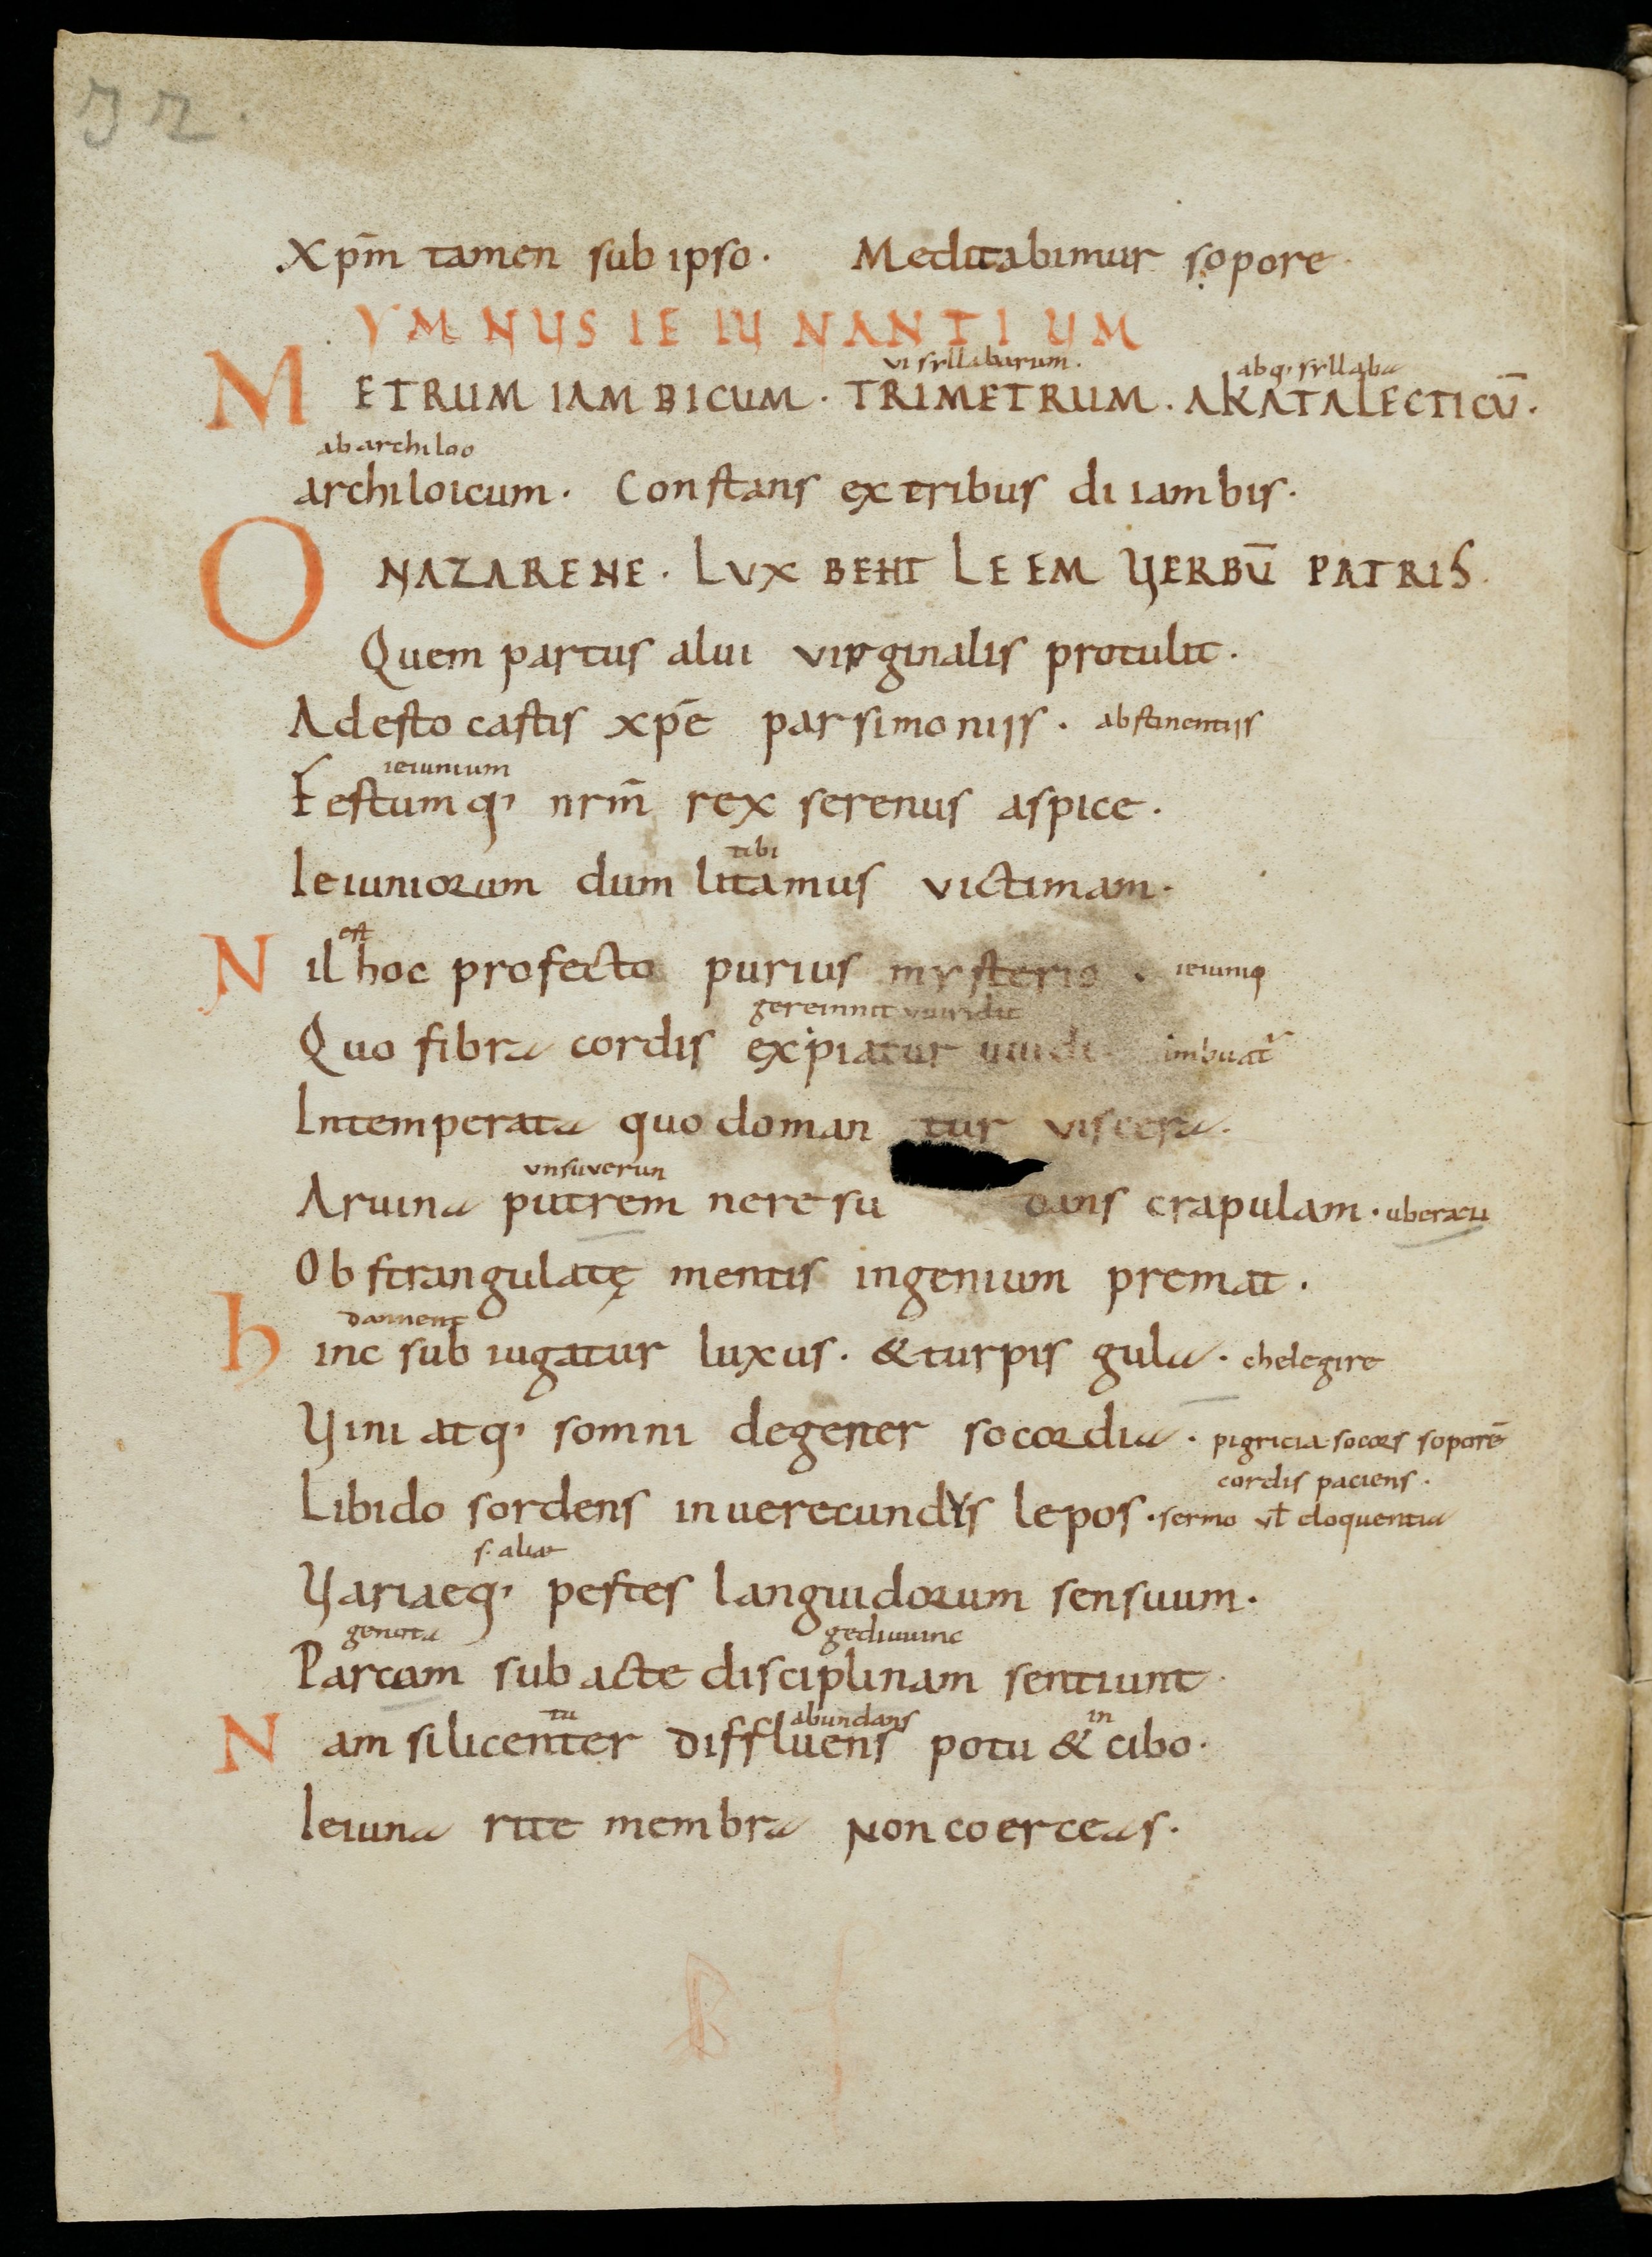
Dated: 900–999